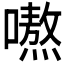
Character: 𭋣